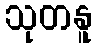
သုတနူ